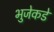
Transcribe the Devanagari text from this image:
भुजेकडे